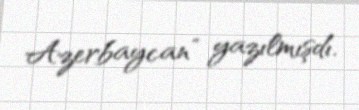
Azerbaycan” yazılmışdı.